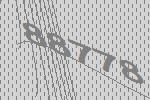
88778